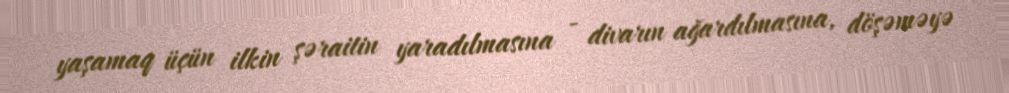
yaşamaq üçün ilkin şəraitin yaradılmasına - divarın ağardılmasına, döşəməyə